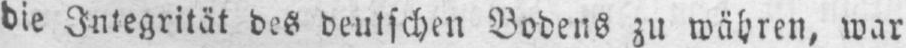
die Integrität des deutschen Bodens zu währen, war